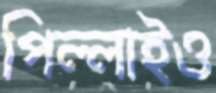
পিল্লাইও